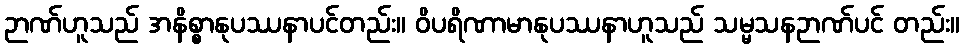
ဉာဏ်ဟူသည် အနိစ္စာနုပဿနာပင်တည်း။ ဝိပရိဏာမာနုပဿနာဟူသည် သမ္မသနဉာဏ်ပင် တည်း။